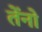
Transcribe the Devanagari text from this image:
तेंनो